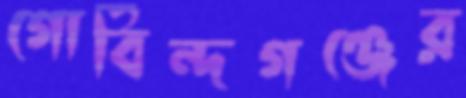
গোবিন্দগঞ্জের